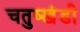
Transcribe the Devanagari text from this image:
चतुष्खंडी